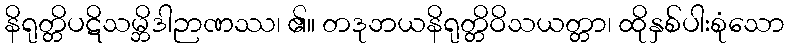
နိရုတ္တိပဋိသမ္ဘိဒါဉာဏဿ၊ ၏။ တဒုဘယနိရုတ္တိဝိသယတ္တာ၊ ထိုနှစ်ပါးစုံသော